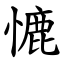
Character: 㦇